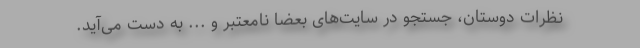
نظرات دوستان، جستجو در سایت‌های بعضا نامعتبر و ... به دست می‌آید.